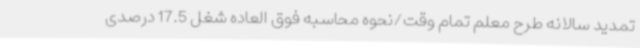
تمدید سالانه طرح معلم تمام وقت/نحوه محاسبه فوق العاده شغل 17.5 درصدی